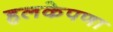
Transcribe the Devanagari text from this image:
हलकेपणा